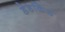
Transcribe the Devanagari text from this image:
डेडकिंड